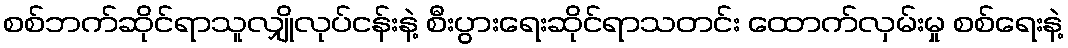
စစ်ဘက်ဆိုင်ရာသူလျှိုလုပ်ငန်းနဲ့ စီးပွားရေးဆိုင်ရာသတင်း ထောက်လှမ်းမှု စစ်ရေးနဲ့